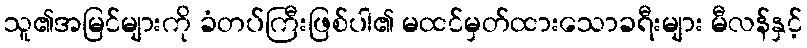
သူ၏အမြင်များကို ခံတပ်ကြီးဖြစ်ပါ၏ မထင်မှတ်ထားသောခရီးများ မီလန်နှင့်